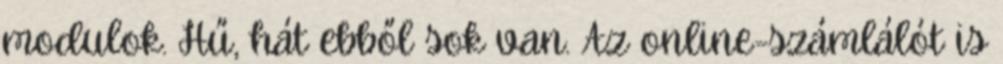
modulok. Hű, hát ebből sok van. Az online-számlálót is